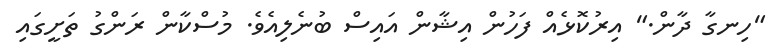
"ހިނގާ ދާން." އިރުކޮޅެއް ފަހުން އިޝާން އައިސް ބުނެލިއެވެ. މުސްކާން ރަންގު ތަށީގައި